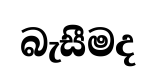
බැසීමද